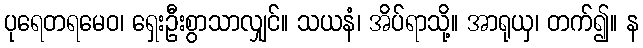
ပုရေတရမေဝ၊ ရှေးဦးစွာသာလျှင်။ သယနံ၊ အိပ်ရာသို့။ အာရုယှ၊ တက်၍။ န